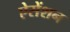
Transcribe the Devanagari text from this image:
ऐसेंशन